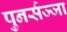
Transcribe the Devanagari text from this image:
पुनर्सज्जा